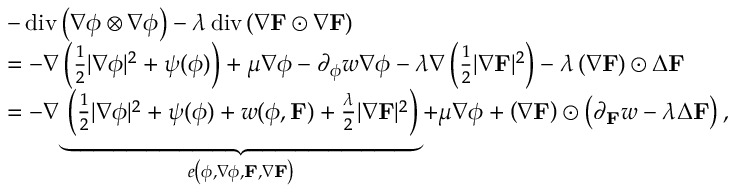
\begin{array} { r l } & { - \ensuremath { \operatorname { d i v } } \left( \nabla \phi \otimes \nabla \phi \right) - \lambda \ensuremath { \operatorname { d i v } } \left( \nabla \mathbf { F } \odot \nabla \mathbf { F } \right) } \\ & { = - \nabla \left( \frac { 1 } { 2 } | \nabla \phi | ^ { 2 } + \psi ( \phi ) \right) + \mu \nabla \phi - \partial _ { \phi } w \nabla \phi - \lambda \nabla \left( \frac { 1 } { 2 } | \nabla \mathbf { F } | ^ { 2 } \right) - \lambda \left( \nabla \mathbf { F } \right) \odot \Delta \mathbf { F } } \\ & { = - \nabla \underbrace { \left( \frac { 1 } { 2 } | \nabla \phi | ^ { 2 } + \psi ( \phi ) + w ( \phi , \mathbf { F } ) + \frac { \lambda } { 2 } | \nabla \mathbf { F } | ^ { 2 } \right) } _ { e \left( \phi , \nabla \phi , \mathbf { F } , \nabla \mathbf { F } \right) } + \mu \nabla \phi + \left( \nabla \mathbf { F } \right) \odot \left( \partial _ { \mathbf { F } } w - \lambda \Delta \mathbf { F } \right) , } \end{array}